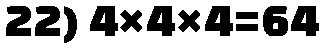
22) 4×4×4=64